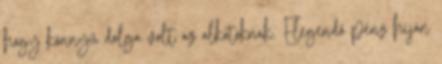
hogy könnyű dolga volt az alkotóknak. Elegendő pénz híján